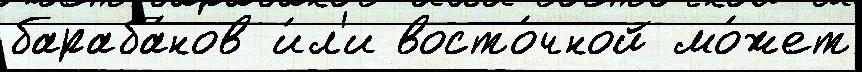
бараба́нов и́л'и восто́чной мо́жет